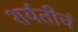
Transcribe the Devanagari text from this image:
शर्यतीचं